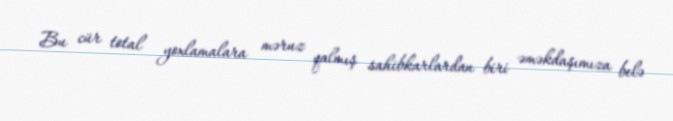
Bu cür total yoxlamalara məruz qalmış sahibkarlardan biri əməkdaşımıza belə